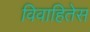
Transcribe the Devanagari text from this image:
विवाहितेस